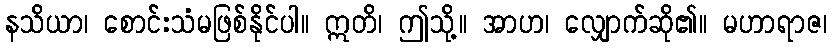
နသိယာ၊ စောင်းသံမဖြစ်နိုင်ပါ။ ဣတိ၊ ဤသို့။ အာဟ၊ လျှောက်ဆို၏။ မဟာရာဇ၊